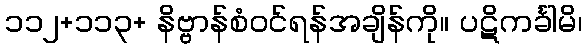
၁၁၂+၁၁၃+ နိဗ္ဗာန်စံဝင်ရန်အချိန်ကို။ ပဋိကင်္ခါမိ၊